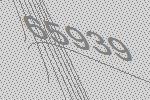
65939